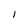
Character: i